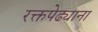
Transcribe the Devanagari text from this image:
रक्तपेढ्याना